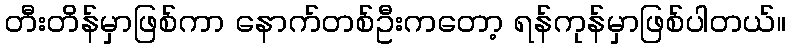
တီးတိန်မှာဖြစ်ကာ နောက်တစ်ဦးကတော့ ရန်ကုန်မှာဖြစ်ပါတယ်။